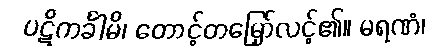
ပဋိကင်္ခါမိ၊ တောင့်တမြှော်လင့်၏။ မရဏံ၊